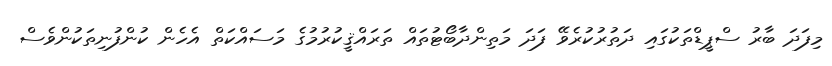
މިފަދަ ބާރު ސްޕީޑްތަކުގައި ދަތުރުކުރެވޭ ފަދަ މަތިންދާބޯޓުތައް ތަރައްޤީކުރުމުގެ މަސައްކަތް އެހެން ކުންފުނިތަކުންވެސް